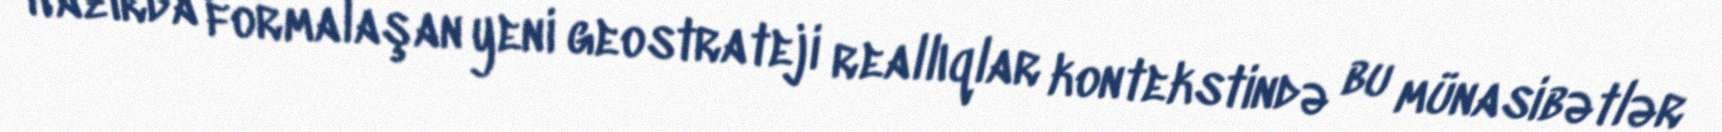
Hazırda formalaşan yeni geostrateji reallıqlar kontekstində bu münasibətlər